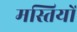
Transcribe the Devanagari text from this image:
मस्तियों